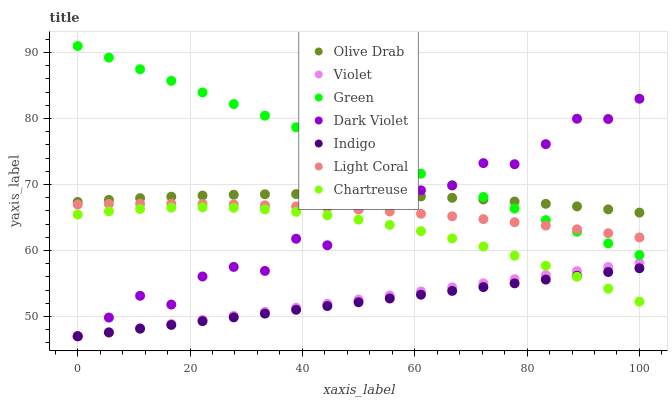
| xaxis_label | Olive Drab | Violet | Green | Dark Violet | Indigo | Light Coral | Chartreuse |
 | --- | --- | --- | --- | --- | --- | --- | --- |
 | 0 | 67.4 | 47 | 91 | 47 | 47 | 67 | 65.5 |
 | 5.56 | 67.7 | 47.6 | 89.2 | 49.8 | 47.6 | 67.1 | 65.9 |
 | 11.1 | 67.9 | 48.2 | 87.5 | 53.1 | 48.1 | 67.1 | 66.3 |
 | 16.7 | 68.2 | 48.9 | 85.7 | 51.8 | 48.7 | 67.1 | 66.5 |
 | 22.2 | 68.3 | 49.5 | 84 | 56.1 | 49.3 | 67.1 | 66.6 |
 | 27.8 | 68.4 | 50.1 | 82.2 | 57.5 | 49.9 | 67 | 66.5 |
 | 33.3 | 68.5 | 50.7 | 80.4 | 56.9 | 50.4 | 66.8 | 66.2 |
 | 38.9 | 68.6 | 51.3 | 78.7 | 61.8 | 51 | 66.7 | 65.9 |
 | 44.4 | 68.5 | 51.9 | 76.9 | 60.8 | 51.6 | 66.5 | 65.3 |
 | 50 | 68.5 | 52.6 | 75.2 | 66.3 | 52.2 | 66.2 | 64.7 |
 | 55.6 | 68.4 | 53.2 | 73.4 | 67.8 | 52.7 | 65.9 | 63.9 |
 | 61.1 | 68.2 | 53.8 | 71.6 | 69.1 | 53.3 | 65.6 | 62.9 |
 | 66.7 | 68 | 54.4 | 69.9 | 69.9 | 53.9 | 65.2 | 61.8 |
 | 72.2 | 67.7 | 55 | 68.1 | 73.2 | 54.4 | 64.8 | 60.6 |
 | 77.8 | 67.4 | 55.6 | 66.4 | 73.1 | 55 | 64.3 | 59.2 |
 | 83.3 | 67.1 | 56.3 | 64.6 | 76.1 | 55.6 | 63.8 | 57.7 |
 | 88.9 | 66.7 | 56.9 | 62.8 | 80 | 56.2 | 63.2 | 56 |
 | 94.4 | 66.2 | 57.5 | 61.1 | 79.9 | 56.7 | 62.6 | 54.2 |
 | 100 | 65.7 | 58.1 | 59.3 | 83 | 57.3 | 62 | 52.3 |